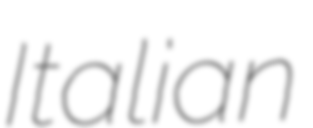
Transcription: Italian